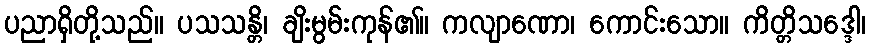
ပညာရှိတို့သည်။ ပသသန္တိ၊ ချိးမွမ်းကုန်၏။ ကလျာဏော၊ ကောင်းသော။ ကိတ္တိသဒ္ဒေါ၊